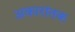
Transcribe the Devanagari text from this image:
अकारांतक